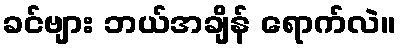
ခင်ဗျား ဘယ်အချိန် ရောက်လဲ။